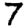
Digit: 7